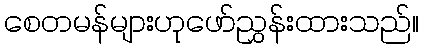
စေတမန်များဟုဖော်ညွှန်းထားသည်။